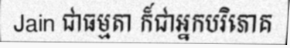
Jain ជាធម្មតា ក៏ជាអ្នកបរិភោគ